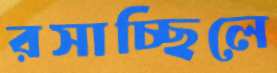
রসাচ্ছিলে